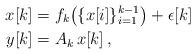
LaTeX: \begin{align*}x[k] &= f_k\big(\{x[i]\}_{i=1}^{k-1}\big) + \epsilon[k] \\ y[k] &= A_k\,x[k]\,, \end{align*}